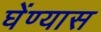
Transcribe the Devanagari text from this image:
घेंण्यास